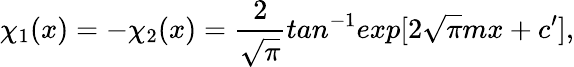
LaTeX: \chi_{1}(x)=-\chi_{2}(x)=\frac{2}{\sqrt{\pi}}tan^{-1}exp[2\sqrt{\pi}mx+c^{\prime}],